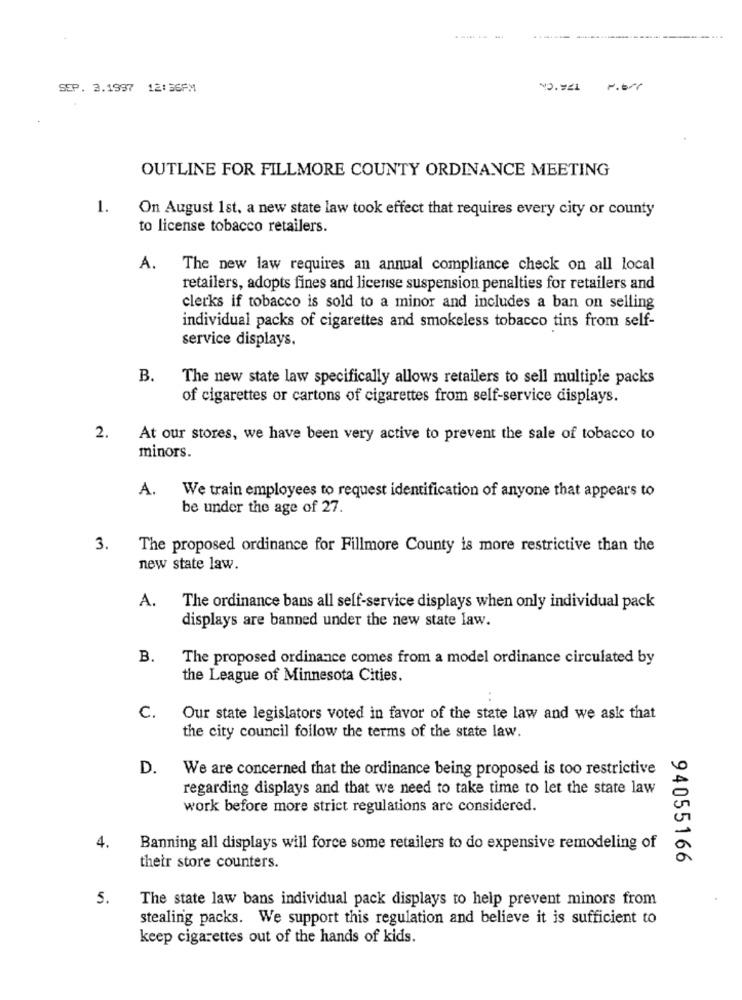
SEP. 3.1997 12:36PM
10.921
OUTLINE FOR FILLMORE COUNTY ORDINANCE MEETING
1.
On August 1st, a new state law took effect that requires every city or county
to license tobacco retailers.
A.
The new law requires an annual compliance check on all local
retailers, adopts fines and license suspension penalties for retailers and
clerks if tobacco is sold to a minor and includes a ban on selling
individual packs of cigarettes and smokeless tobacco tins from self-
service displays.
B.
The new state law specifically allows retailers to sell multiple packs
of cigarettes or cartons of cigarettes from self-service displays.
2.
At our stores, we have been very active to prevent the sale of tobacco to
minors.
A.
We train employees to request identification of anyone that appears to
be under the age of 27.
3.
The proposed ordinance for Fillmore County is more restrictive than the
new state law.
A.
The ordinance bans all self-service displays when only individual pack
displays are banned under the new state law.
B.
The proposed ordinance comes from a model ordinance circulated by
the League of Minnesota Cities.
c.
Our state legislators voted in favor of the state law and we ask that
the city council follow the terms of the state law.
D.
We are concerned that the ordinance being proposed is too restrictive
regarding displays and that we need to take time to let the state law
work before more strict regulations are considered.
4.
Banning all displays will force some retailers to do expensive remodeling of
94055166
their store counters.
5.
The state law bans individual pack displays to help prevent minors from
stealing packs. We support this regulation and believe it is sufficient to
keep cigarettes out of the hands of kids.